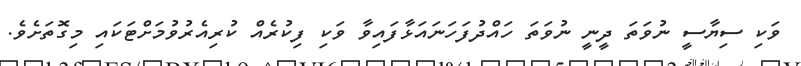
ވަކި ސިޔާސީ ނުވަތަ ދީނީ ނުވަތަ ހައްދުފަހަނައަޅާފައިވާ ވަކި ފިކުރެއް ކުރިއެރުވުމަށްޓަކައި މިގޮތަށެވެ.